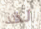
لقد